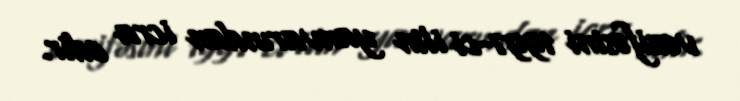
vəzifəsini 1997-ci ilin yanvarından icra edir.